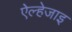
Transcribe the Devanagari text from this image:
ऐल्हेजाइ